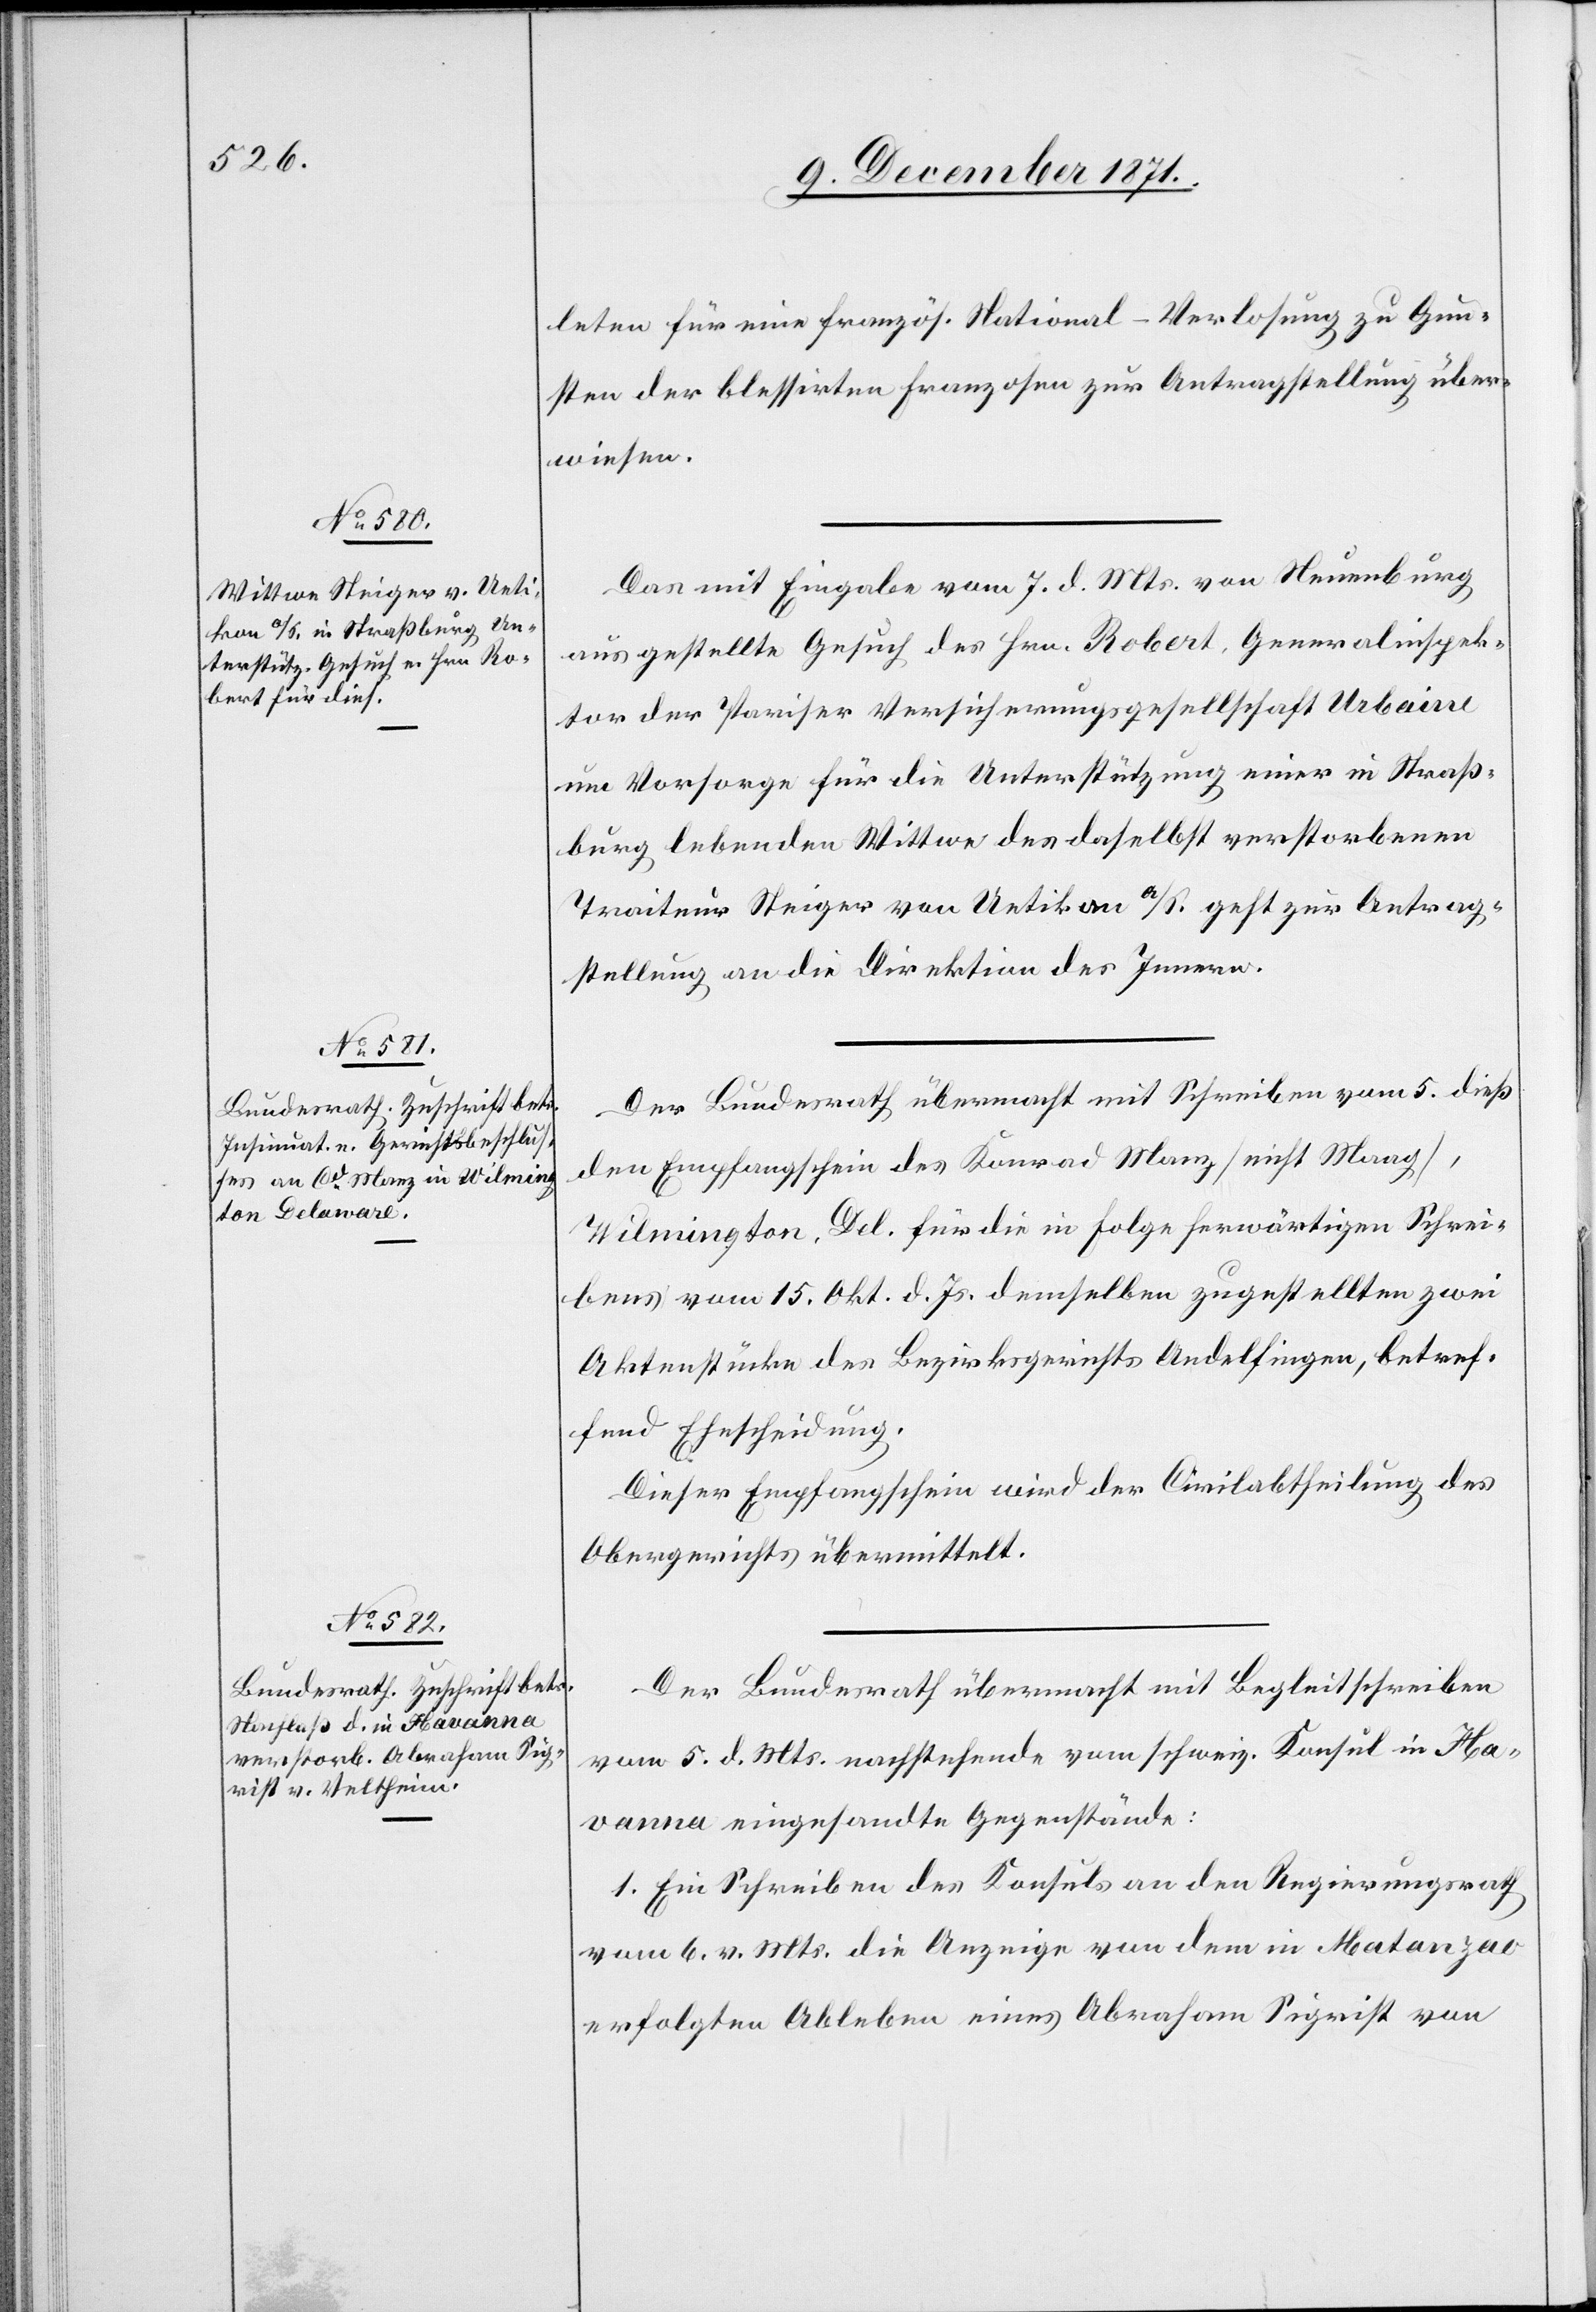
9. December 1871.]
leten für eine französ. National-Verlosung zu Gun¬
sten der blessirten Franzosen zur Antragstellung über¬
wiesen.
Das mit Eingabe vom 7. d. Mts. von Neuenburg
aus gestellte Gesuch des Hrn. Robert, Generalinspek¬
tor der Pariser Versicherungsgesellschaft Urbaine
um Vorsorge für die Unterstützung einer in Straß¬
burg lebenden Wittwe des daselbst verstorbenen
Traiteur Steiger von Uetikon a/S. geht zur Antrag¬
stellung an die Direktion des Innern.
Der Bundesrath übermacht mit Schreiben vom 5. dieß
den Empfangsschein des Konrad Manz [nicht Maag],
Wilmington Del. für die in Folge herwärtigen Schrei¬
bens vom 15. Okt. d. Js. demselben zugestellten zwei
Aktenstücke des Bezirksgerichts Andelfingen, betref¬
fend Entscheidung.
Dieser Empfangschein wird der Civilabtheilung des
Obergerichts übermittelt.
Der Bundesrath übermacht mit Begleitschreiben
vom 5. d. Mts. nachstehende vom schweiz. Konsul in Ha¬
vanna eingesandte Gegenstände:
1. Ein Schreiben des Konsuls an den Regierungsrath
vom 6. v. Mts. die Anzeige von dem in Matanzas
erfolgten Ableben eines Abraham Sigrist von